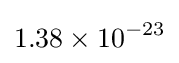
1.38\times 10^{-23}